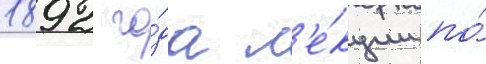
1892 го́да л'е́кции по́